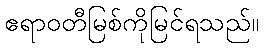
ဧရာဝတီမြစ်ကိုမြင်ရသည်။